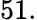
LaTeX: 51.